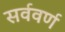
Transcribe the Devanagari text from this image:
सर्ववर्ण